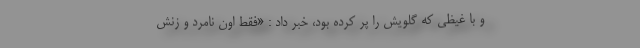
و با غیظی که گلویش را پُر کرده بود، خبر داد : «فقط اون نامرد و زنش